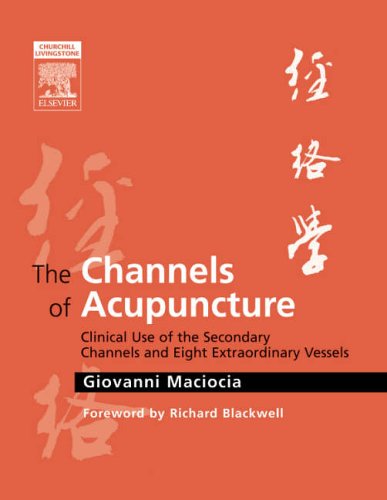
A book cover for The Channels of Acupuncture: Clinical Use of the Secondary Channels and Eight Extraordinary Vessels, 1e; Giovanni Maciocia CAc(Nanjing); Health, Fitness & Dieting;